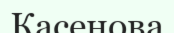
Касенова